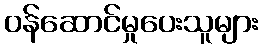
ဝန်ဆောင်မှုပေးသူများ